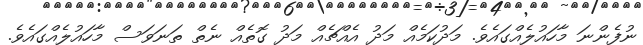
ނުފެންނަ މާހައުލެއްގައެވެ. މަދުކަމެއް މަދު އެއްޗެއް މަދު ގޮތެއް ނެތް ތަނަވަސް މާހައުލެއްގައެވެ.